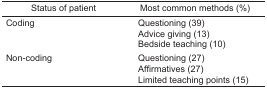
<table><thead><tr><td><b>Status of patient</b></td><td><b>Most common methods (%)</b></td></tr></thead><tbody><tr><td>Coding</td><td>Questioning (39)Advice giving (13)Bedside teaching (10)</td></tr><tr><td>Non-coding</td><td>Questioning (27)Affirmatives (27)Limited teaching points (15)</td></tr></tbody></table>